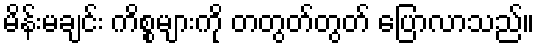
မိန်းမချင်း ကိစ္စများကို တတွတ်တွတ် ပြောလာသည်။